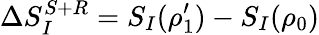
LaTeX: \Delta S_{I}^{S+R}=S_{I}(\rho_{1}^{\prime})-S_{I}(\rho_{0})